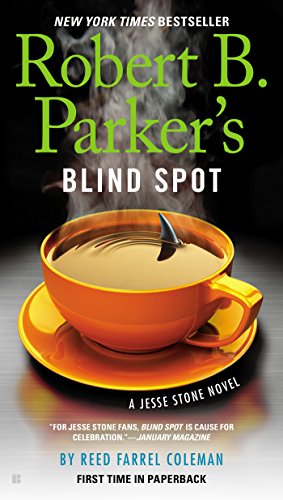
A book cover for Robert B. Parker's Blind Spot (A Jesse Stone Novel); Reed Farrel Coleman; Mystery, Thriller & Suspense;